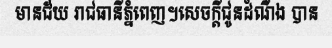
មានជ័យ រាជធានីភ្នំពេញ។សេចក្តីជូនដំណឹង បាន